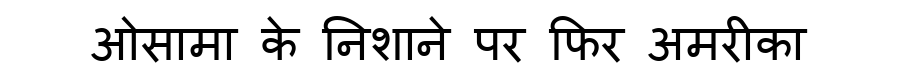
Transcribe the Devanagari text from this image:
ओसामा के निशाने पर फिर अमरीका